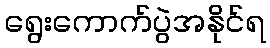
ရွေးကောက်ပွဲအနိုင်ရ